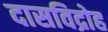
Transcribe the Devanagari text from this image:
दासविद्रोह